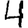
Digit: 4